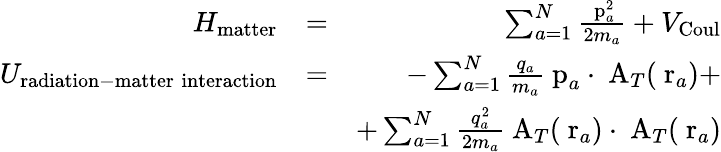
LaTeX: \begin{array}{rlr}{H_{\mathrm{matter}}}&{=}&{\sum_{a=1}^{N}\frac{\mathrm{\mathbf~p}_{a}^{2}}{2m_{a}}+V_{\mathrm{Coul}}}\\ {U_{\mathrm{radiation-matter\; interaction}}}&{=}&{-\sum_{a=1}^{N}\frac{q_{a}}{m_{a}}\mathrm{\mathbf~p}_{a}\cdot\mathrm{\mathbf~A}_{T}(\mathrm{\mathbf~r}_{a})+}\\ &{}&{+\sum_{a=1}^{N}\frac{q_{a}^{2}}{2m_{a}}\mathrm{\mathbf~A}_{T}(\mathrm{\mathbf~r}_{a})\cdot\mathrm{\mathbf~A}_{T}(\mathrm{\mathbf~r}_{a})}\end{array}